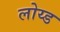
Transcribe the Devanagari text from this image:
लोय्ड